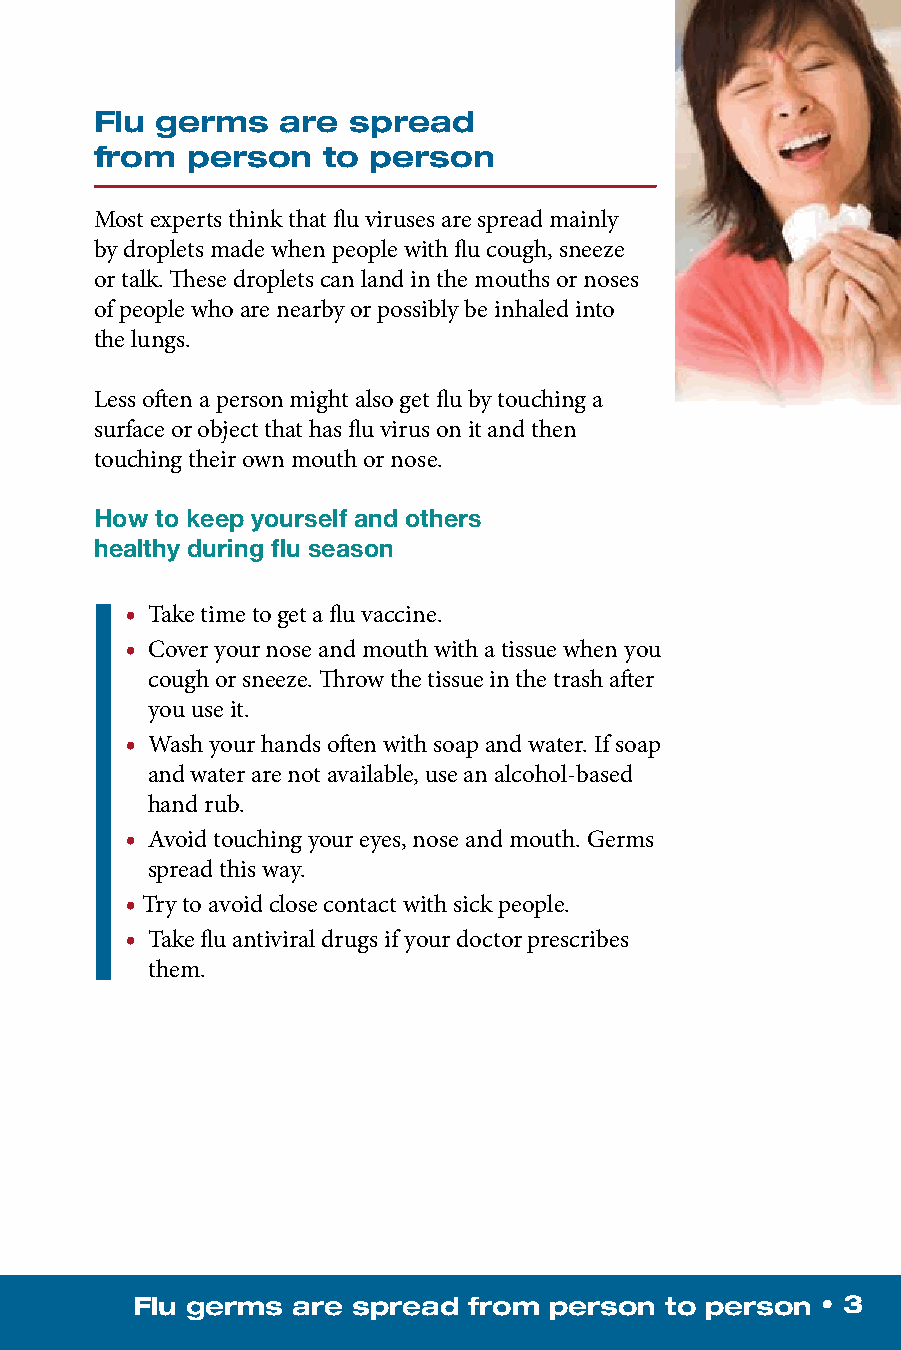
Flu germs    are spread
 from  person   to person
 Most experts think that flu viruses are spread mainly
 by droplets made when people with flu cough, sneeze
 or talk. These droplets can land in the mouths or noses
 of people who are nearby or possibly be inhaled into
 the lungs.
 Less often a person might also get flu by touching a
 surface or object that has flu virus on it and then
 touching their own mouth or nose.
 How to keep yourself and others
 healthy during flu season
 • Take time to get a flu vaccine.
 • Cover your nose and mouth with a tissue when you
 cough or sneeze. Throw the tissue in the trash after
 you use it.
 • Wash your hands often with soap and water. If soap
 and water are not available, use an alcohol-based
 h and rub.
 • Avoid touching your eyes, nose and mouth. Germs
 spread this way.
 • Try to avoid close contact with sick people.
 • Take flu antiviral drugs if your doctor prescribes
 t hem.
 Flu germs are spread  from person  to person • 3